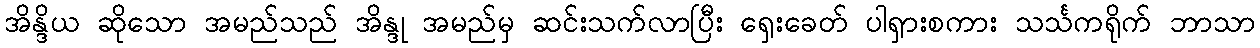
အိန္ဒိယ ဆိုသော အမည်သည် အိန္ဒု အမည်မှ ဆင်းသက်လာပြီး ရှေးခေတ် ပါရှားစကား သင်္သကရိုက် ဘာသာ